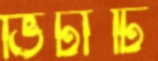
ভিটাটি